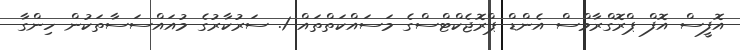
އޮފީސް އޮފް ޕްރޮގްރާމްސް އެންޑް ޕްރޮޖެކްޓްސްގެ މަސައްކަތްތައް 1. ސަރުކާރުގެ މުއައްސަސާތަކުން ހިންގާ